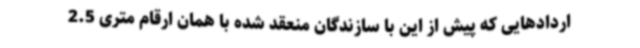
اردادهایی که پیش از این با سازندگان منعقد شده با همان ارقام متری 2.5